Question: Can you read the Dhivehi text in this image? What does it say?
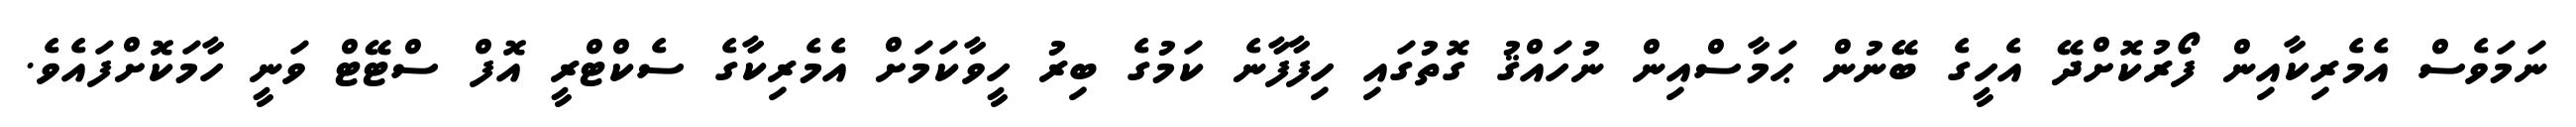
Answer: ނަމަވެސް އެމެރިކާއިން ފޯރުކޮށްދޭ އެހީގެ ބޭނުން ޙަމާސްއިން ނުހައްޤު ގޮތުގައި ހިފާފާނެ ކަމުގެ ބިރު ހީވާކަމަށް އެމެރިކާގެ ސެކްޓްރީ އޮފް ސްޓޭޓް ވަނީ ހާމަކޮށްފައެވެ.